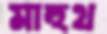
মাহুথ